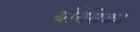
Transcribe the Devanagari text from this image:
थोरैसिका